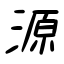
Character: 源